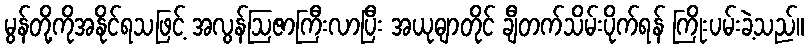
မွန်တို့ကိုအနိုင်ရသဖြင့် အလွန်ဩဇာကြီးလာပြီး အယုဓျာတိုင် ချီတက်သိမ်းပိုက်ရန် ကြိုးပမ်းခဲ့သည်။